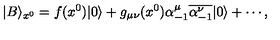
| B \rangle _ { x ^ { 0 } } = f ( x ^ { 0 } ) | 0 \rangle + g _ { \mu \nu } ( x ^ { 0 } ) \alpha _ { - 1 } ^ { \mu } \overline { { \alpha _ { - 1 } ^ { \nu } } } | 0 \rangle + \cdots ,